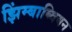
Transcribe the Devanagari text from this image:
झिंम्बाब्वियन